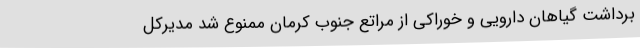
برداشت گیاهان دارویی و خوراکی از مراتع جنوب کرمان ممنوع شد مدیرکل